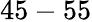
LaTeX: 45-55